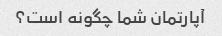
آپارتمان شما چگونه است؟